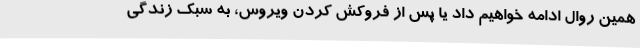
همین روال ادامه خواهیم داد یا پس از فروکش کردن ویروس، به سبک زندگی